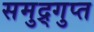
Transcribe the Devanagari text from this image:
समुद्र्गुप्त